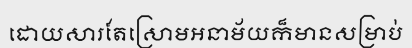
ដោយសារតែស្រោមអនាម័យក៏មានសម្រាប់